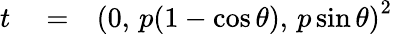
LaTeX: \begin{array}{rlr}{t}&{{}=}&{\left(0,\, p(1-\cos\theta),\, p\sin\theta\right)^{2}}\end{array}